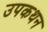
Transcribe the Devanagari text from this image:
उपकथन